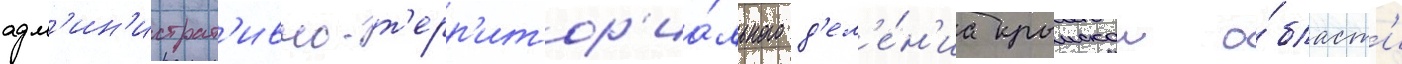
адм'ин'истрат'ивно-т'ерр'итор'иа́льного д'ел'е́н'иа крымскои о́бласт'и